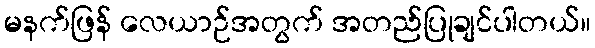
မနက်ဖြန် လေယာဉ်အတွက် အတည်ပြုချင်ပါတယ်။